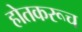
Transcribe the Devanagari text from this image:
होतकरूच